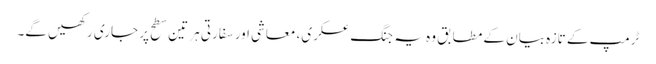
ٹرمپ کے تازہ بیان کے مطابق وہ یہ جنگ عسکری، معاشی اور سفارتی ہر تین سطح پر جاری رکھیں گے۔